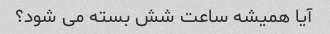
آیا همیشه ساعت شش بسته می شود؟